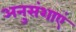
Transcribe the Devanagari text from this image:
अनुसंशाएं